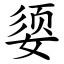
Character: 媭